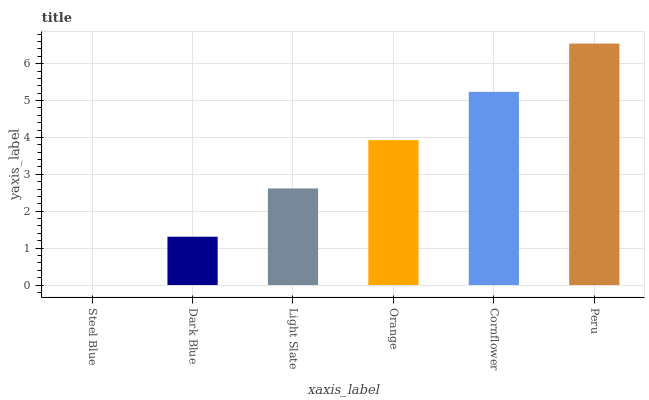
| xaxis_label | bars |
 | --- | --- |
 | Steel Blue | 0 |
 | Dark Blue | 1.31 |
 | Light Slate | 2.62 |
 | Orange | 3.93 |
 | Cornflower | 5.24 |
 | Peru | 6.54 |